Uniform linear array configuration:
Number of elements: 12
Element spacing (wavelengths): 0.25
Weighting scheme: blackman
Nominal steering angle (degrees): -30
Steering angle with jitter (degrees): -31.149
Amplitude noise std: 0.05
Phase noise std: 0.05

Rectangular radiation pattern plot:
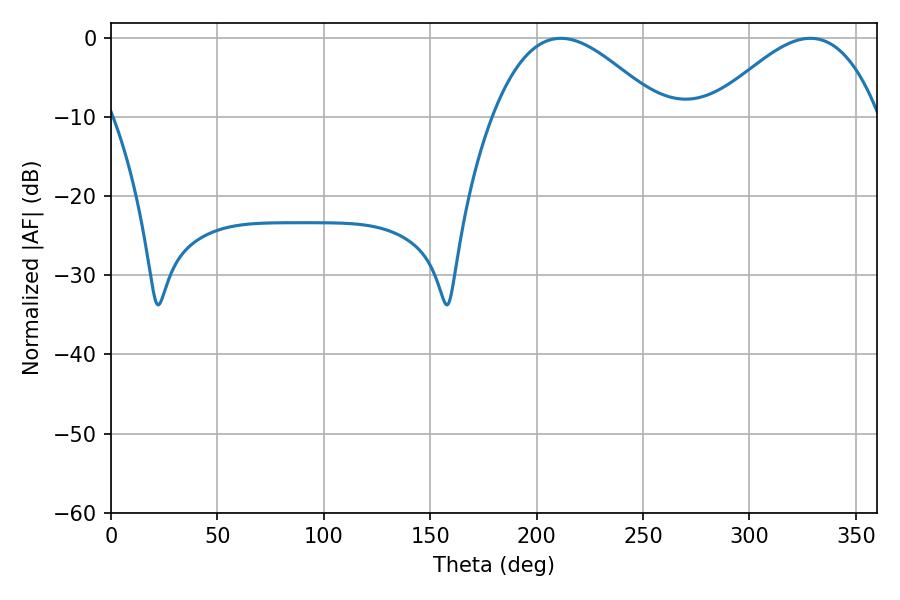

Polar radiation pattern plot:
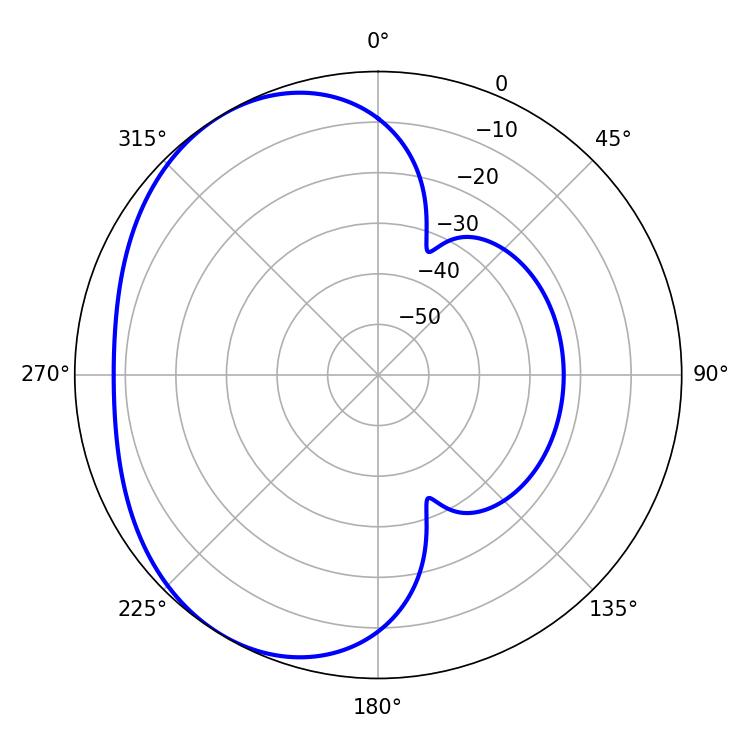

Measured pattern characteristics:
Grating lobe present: FALSE
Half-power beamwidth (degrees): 42.84
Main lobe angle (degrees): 211.32